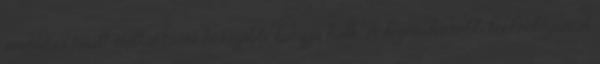
súrlódás miatt élettartama hosszabb, hangja halk. A legmodernebb technológiával